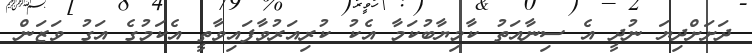
ދަށަށްދިޔަ ނުދީ އެ ސިނާއަތު ކާމިޔާބުކަމާ އެކު ކުރިއަރުވާފައިވާތީ އެކަމުގެ އަގު ވަޒަން